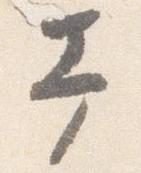
幸